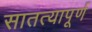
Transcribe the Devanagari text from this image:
सातत्यापूर्ण